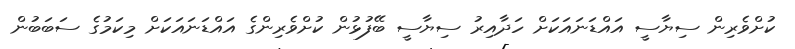
ކުށްވެރިން ސިޔާސީ އައްޑަނައަކަށް ހަދާއިރު ސިޔާސީ ބޭފުޅުން ކުށްވެރިންގެ އައްޑަނައަކަށް މިކަމުގެ ސަބަބުން